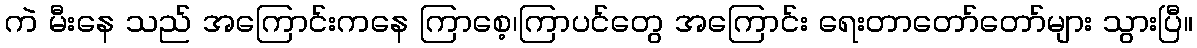
ကဲ မီးနေ သည် အကြောင်းကနေ ကြာစေ့၊ကြာပင်တွေ အကြောင်း ရေးတာတော်တော်များ သွားပြီ။